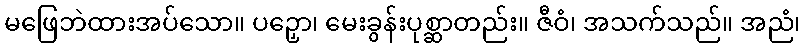
မဖြေဘဲထားအပ်သော။ ပဉှော၊ မေးခွန်းပုစ္ဆာတည်း။ ဇီဝံ၊ အသက်သည်။ အညံ၊